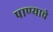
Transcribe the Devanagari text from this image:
पाण्‍याचे